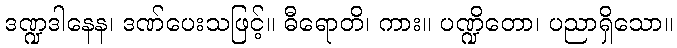
ဒဏ္ဍဒါနေန၊ ဒဏ်ပေးသဖြင့်။ ဓီရောတိ၊ ကား။ ပဏ္ဍိတော၊ ပညာရှိသော။